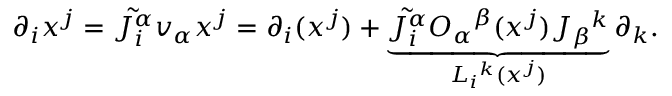
\partial _ { i } x ^ { j } = \tilde { J _ { i } ^ { \alpha } } v _ { \alpha } x ^ { j } = \partial _ { i } ( x ^ { j } ) + \underbrace { \tilde { J _ { i } ^ { \alpha } } O _ { \alpha } { } ^ { \beta } ( x ^ { j } ) J _ { \beta } { } ^ { k } } _ { L _ { i } { } ^ { k } ( x ^ { j } ) } \partial _ { k } .